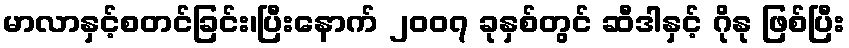
မာလာနှင့်စတင်ခြင်း၊ပြီးနောက် ၂၀၀၇ ခုနှစ်တွင် ဆီဒါနှင့် ဂိုနု ဖြစ်ပြီး